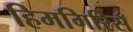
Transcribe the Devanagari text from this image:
हिमगिरिसँ